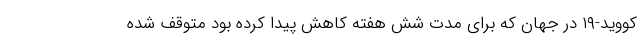
کووید-۱۹ در جهان که برای مدت شش هفته کاهش پیدا کرده بود متوقف شده